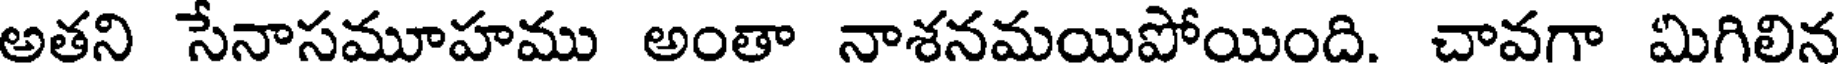
అతని సేనాసమూహము అంతా నాశనమయిపోయింది. చావగా మిగిలిన